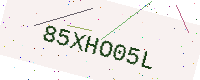
Text: 85XHO05L